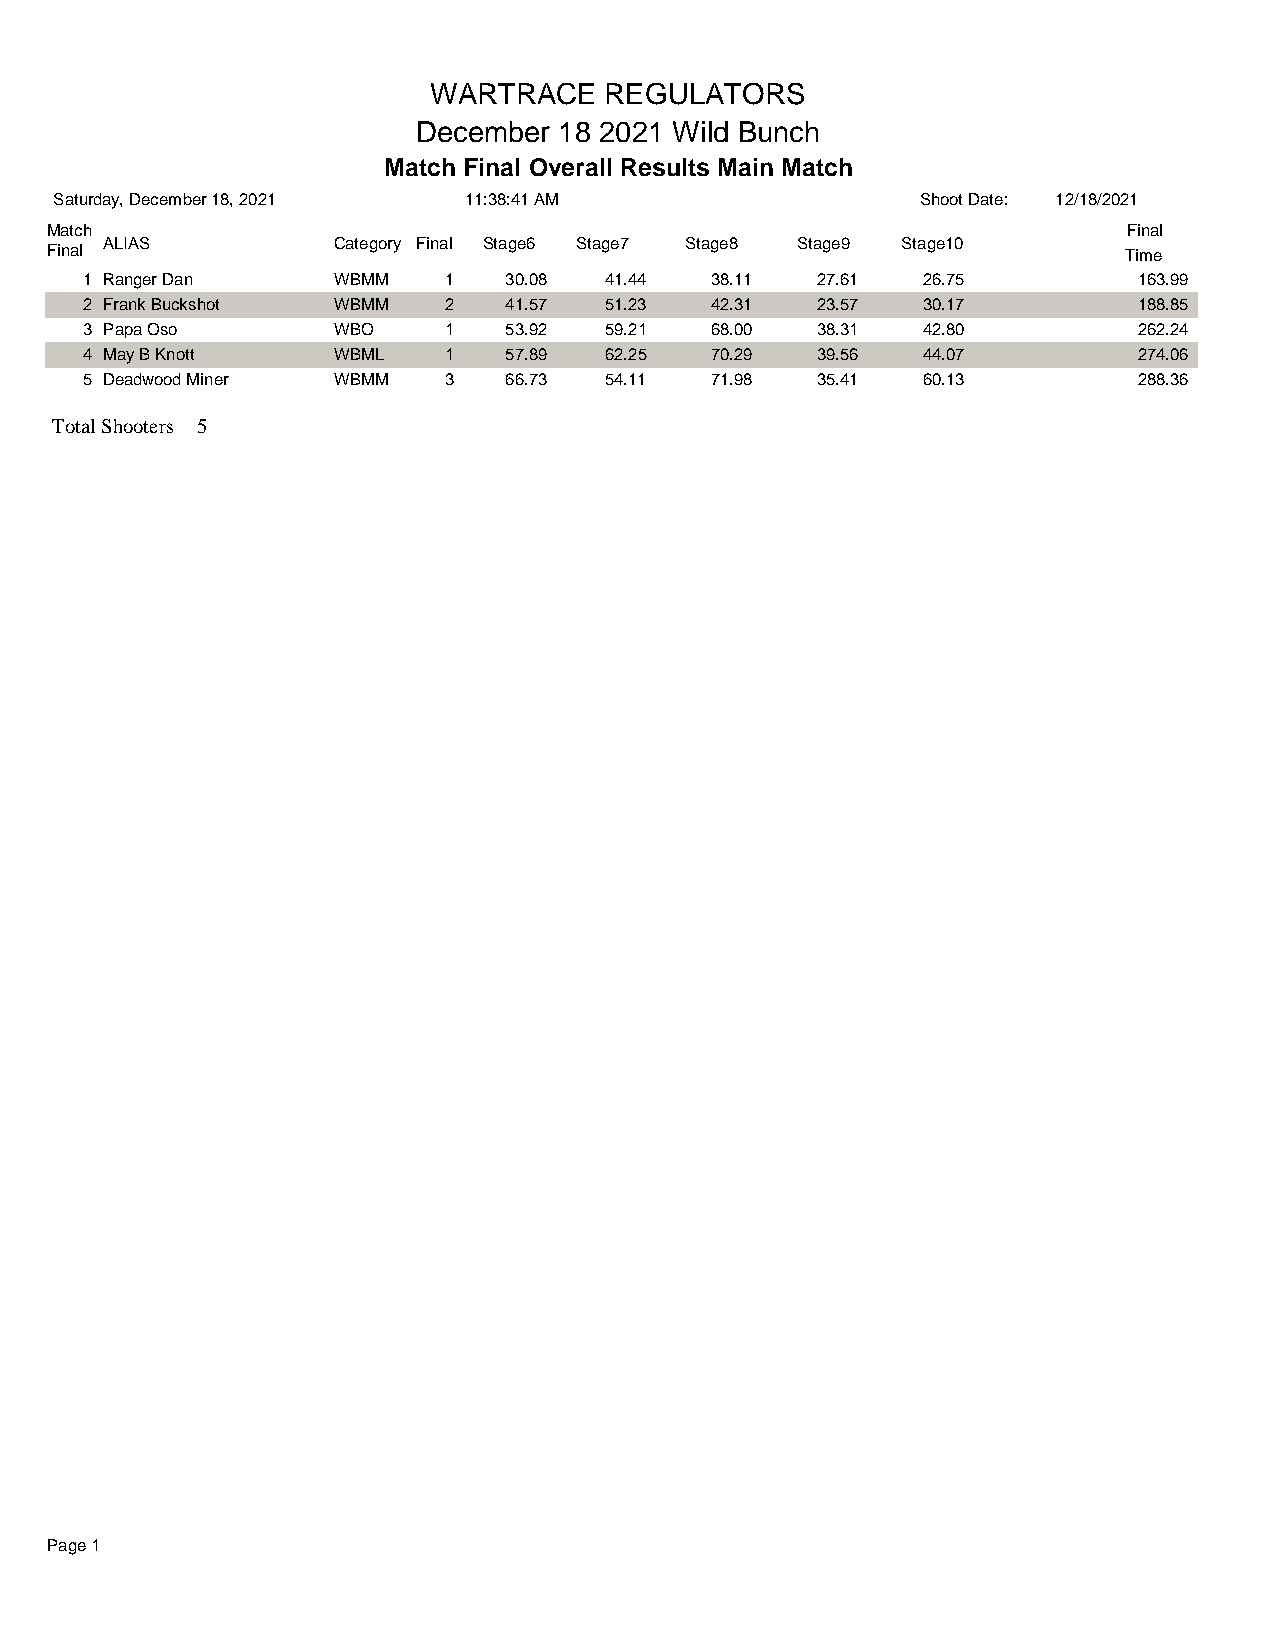
WARTRACE    REGULATORS
 December 18 2021 Wild Bunch
 Match Final Overall Results Main Match
 Saturday, December 18, 2021 11:38:41 AM                  Shoot Date: 12/18/2021
 Match                                                                   Final
 ALIAS          Category Final Stage6 Stage7 Stage8 Stage9 Stage10
 Final                                                                  Time
 1 Ranger Dan    WBMM   1   30.08  41.44  38.11  27.61  26.75         163.99
 2 Frank Buckshot WBMM  2   41.57  51.23  42.31  23.57  30.17         188.85
 3 Papa Oso      WBO    1   53.92  59.21  68.00  38.31  42.80         262.24
 4 May B Knott   WBML   1   57.89  62.25  70.29  39.56  44.07         274.06
 5 Deadwood Miner WBMM  3   66.73  54.11  71.98  35.41  60.13         288.36
 Total Shooters 5
 Page 1